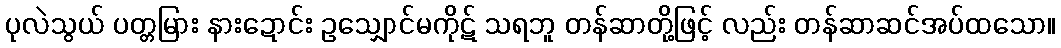
ပုလဲသွယ် ပတ္တမြား နားဍောင်း ဥသျှောင်မကိုဋ် သရဘူ တန်ဆာတို့ဖြင့် လည်း တန်ဆာဆင်အပ်ထသော။